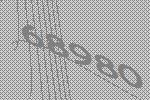
68980